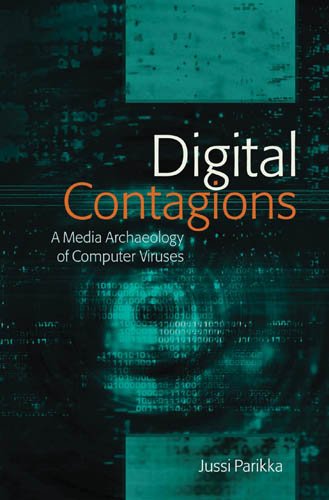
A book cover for Digital Contagions: A Media Archaeology of Computer Viruses (Digital Formations); Jussi Parikka; Computers & Technology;